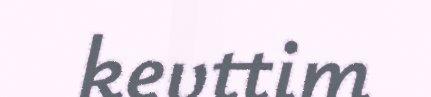
kevttim